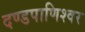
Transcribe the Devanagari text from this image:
दण्‍डपाणिश्‍वर